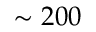
\sim 2 0 0